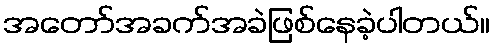
အတော်အခက်အခဲဖြစ်နေခဲ့ပါတယ်။